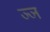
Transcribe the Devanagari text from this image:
ज्ज